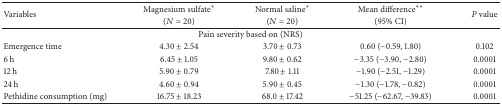
| <ROWSPAN=2> Variables | Magnesium sulfate* | Normal saline* | Mean difference** | <ROWSPAN=2> P value |
 | (N = 20) | (N = 20) | (95% CI) |
 | --- | --- | --- | --- | --- |
 | <COLSPAN=5> Pain severity based on (NRS) |
 | Emergence time | 4.30 ± 2.54 | 3.70 ± 0.73 | 0.60 (−0.59, 1.80) | 0.102 |
 | 6 h | 6.45 ± 1.05 | 9.80 ± 0.62 | −3.35 (−3.90, −2.80) | 0.0001 |
 | 12 h | 5.90 ± 0.79 | 7.80 ± 1.11 | −1.90 (−2.51, −1.29) | 0.0001 |
 | 24 h | 4.60 ± 0.94 | 5.90 ± 0.45 | −1.30 (−1.78, −0.82) | 0.0001 |
 | Pethidine consumption (mg) | 16.75 ± 18.23 | 68.0 ± 17.42 | −51.25 (−62.67, −39.83) | 0.0001 |